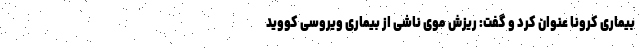
بیماری کرونا عنوان کرد و گفت: ریزش موی ناشی از بیماری ویروسی کووید